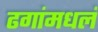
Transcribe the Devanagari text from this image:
ढगांमधलं